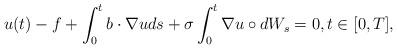
LaTeX: \begin{align*}u(t) - f+\int_0^t b \cdot \nabla uds + \sigma\int_0^t \nabla u \circ dW_s=0 , t \in [0,T],\end{align*}